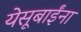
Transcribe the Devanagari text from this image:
येसूबाईंना